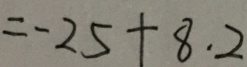
= - 2 5 + 8 . 2